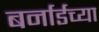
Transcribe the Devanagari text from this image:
बर्नार्डच्या